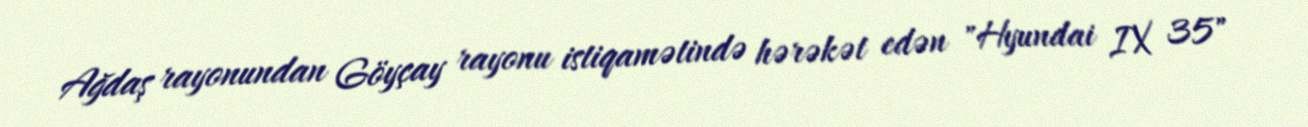
Ağdaş rayonundan Göyçay rayonu istiqamətində hərəkət edən "Hyundai IX 35"